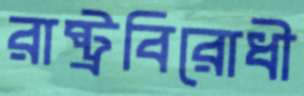
রাষ্ট্রবিরোধী